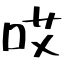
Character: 哎